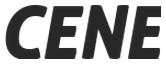
CENE